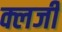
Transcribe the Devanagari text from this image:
क्लर्जी